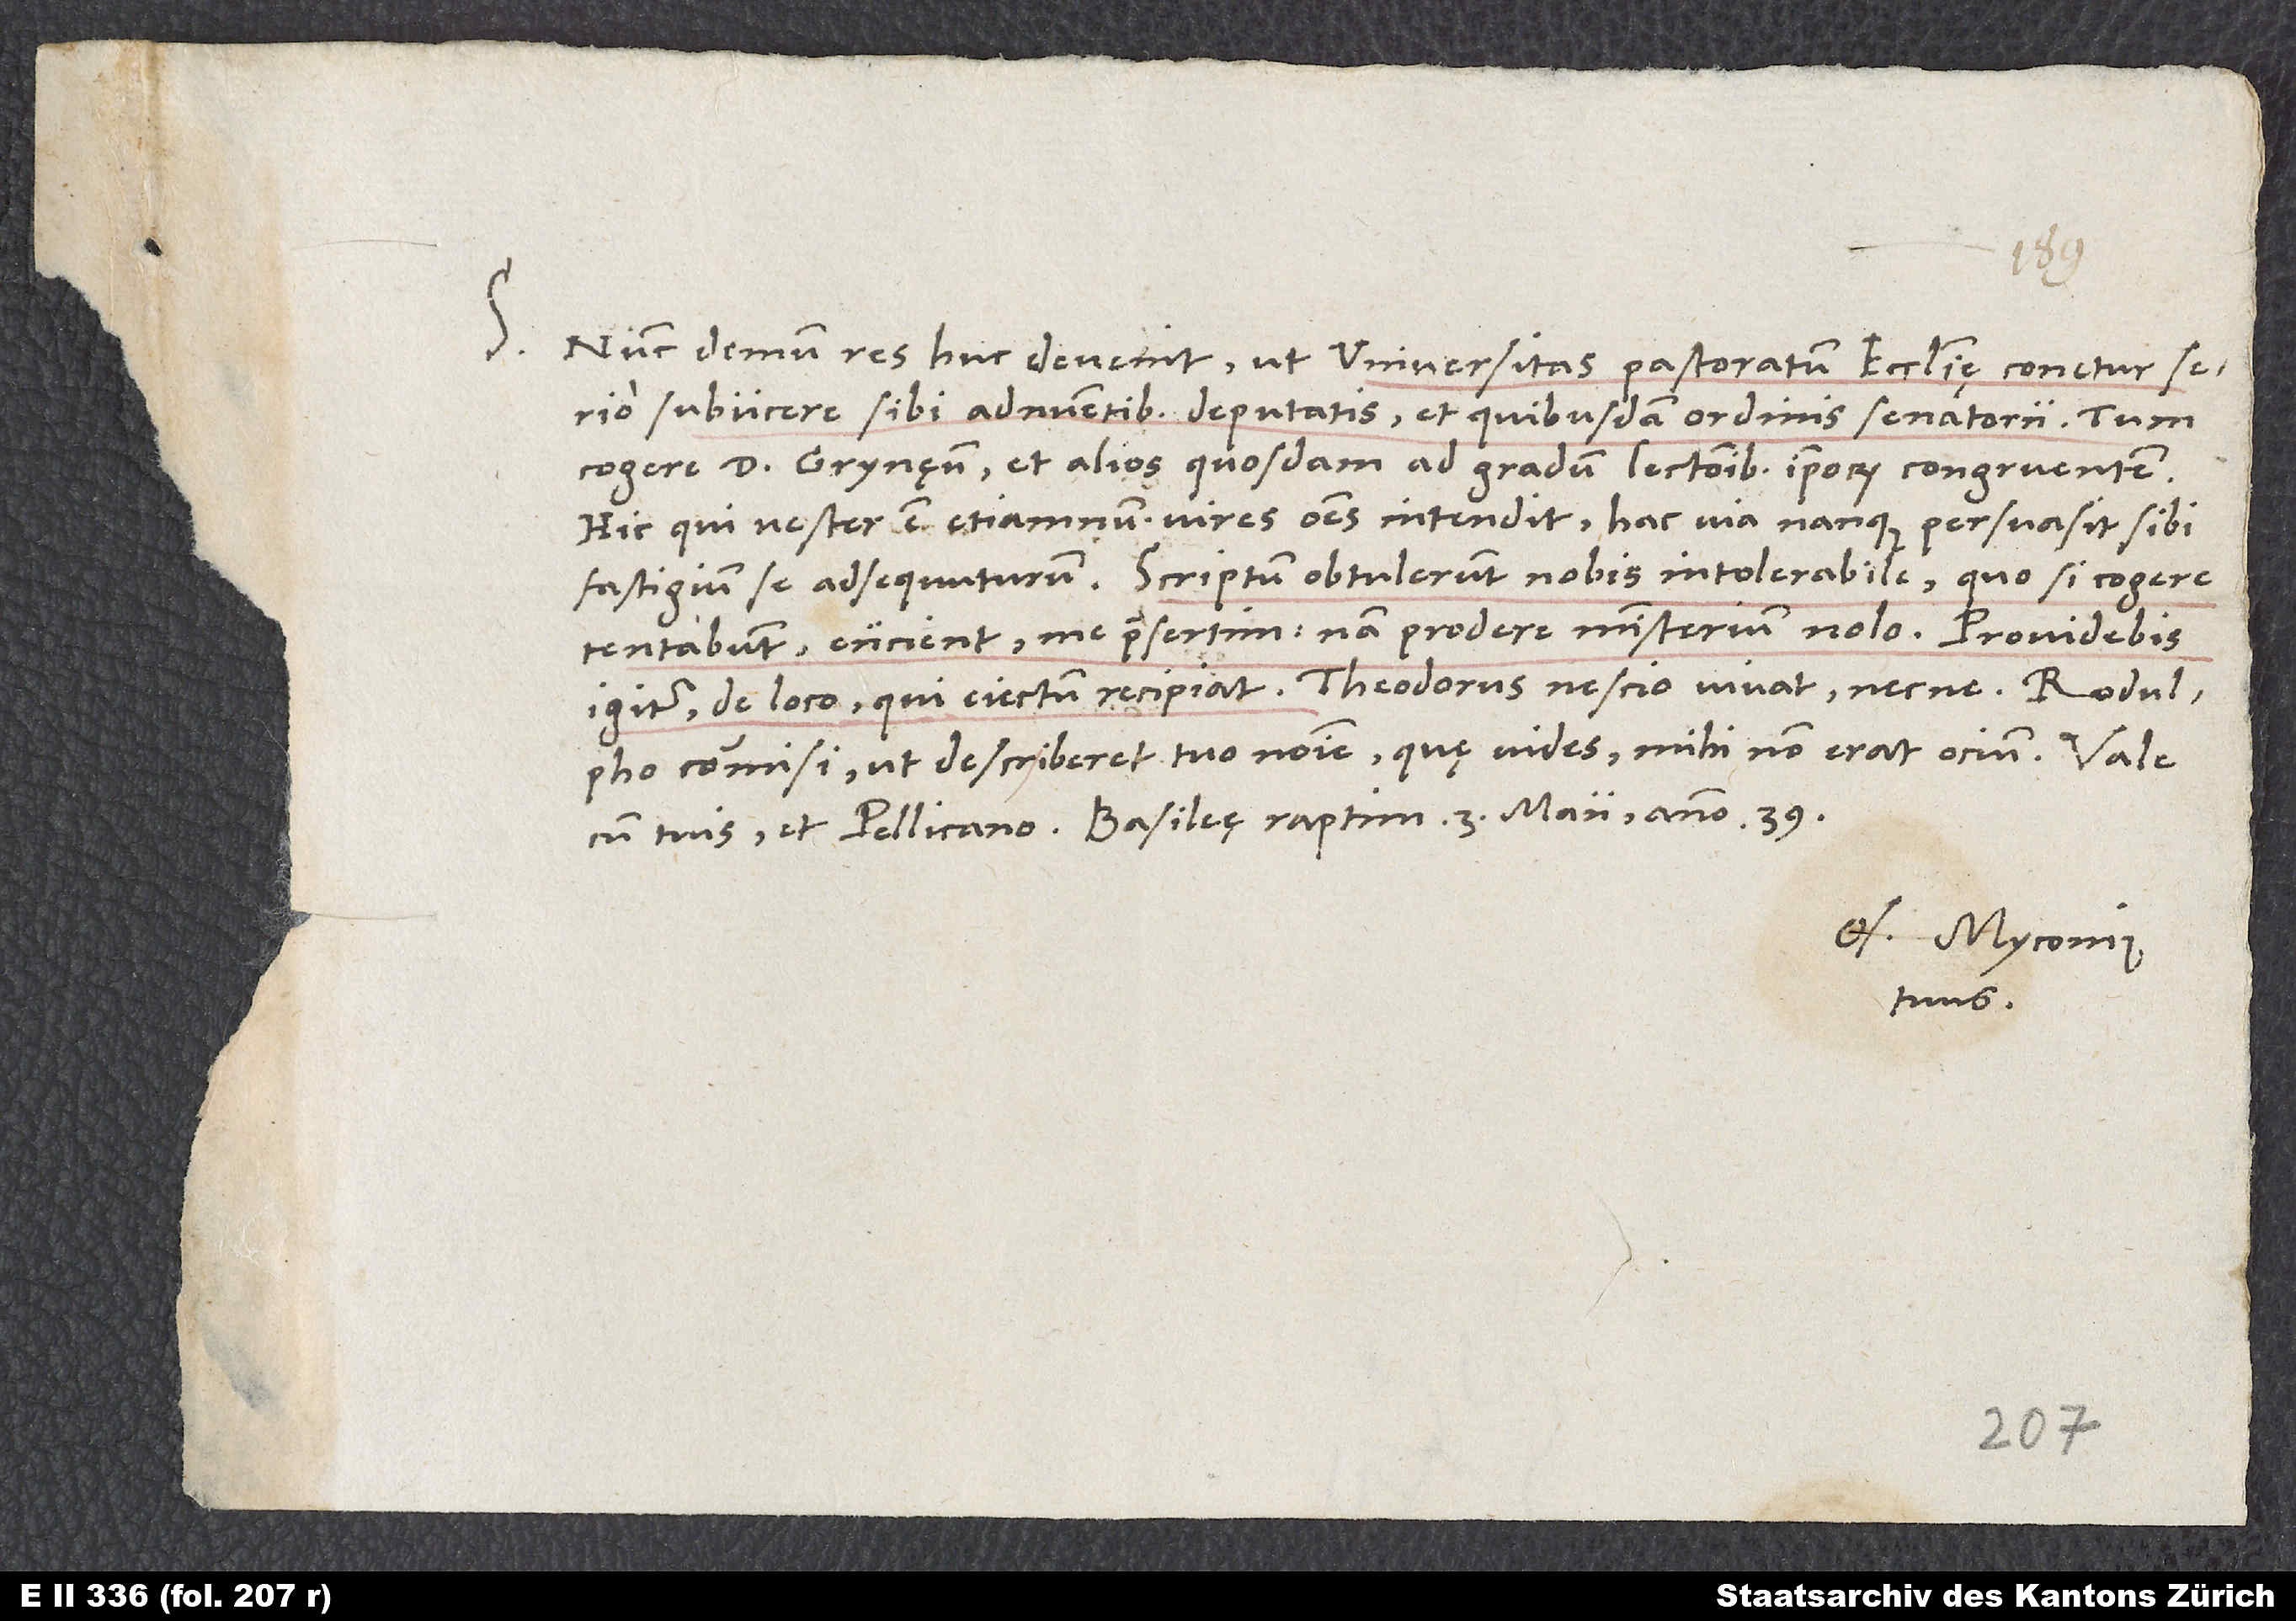
S. Nunc demum res huc devenit, ut universitas pastoratum ecclesię conetur serio
subiicere sibi adnuentibus deputatis et quibusdam ordinis senatorii, tum
cogere d. Grynęum et alios quosdam ad gradum lectionibus ipsorum congruentem.
Hic, qui vester est, etiamnum vires omnes intendit; hac via nanque persuasit sibi
fastigium se adsequuturum. Scriptum obtulerunt nobis intolerabile, quo, si cogere
tentabunt, eiicient me praesertim; nam prodere ministerium nolo. Providebis
commisi, ut describeret tuo nomine, quę vides; mihi non erat ocium.
Os. Myconius
tuus.